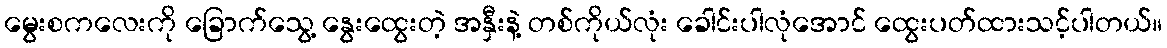
မွေးစကလေးကို ခြောက်သွေ့ နွေးထွေးတဲ့ အနှီးနဲ့ တစ်ကိုယ်လုံး ခေါင်းပါလုံအောင် ထွေးပတ်ထားသင့်ပါတယ်။